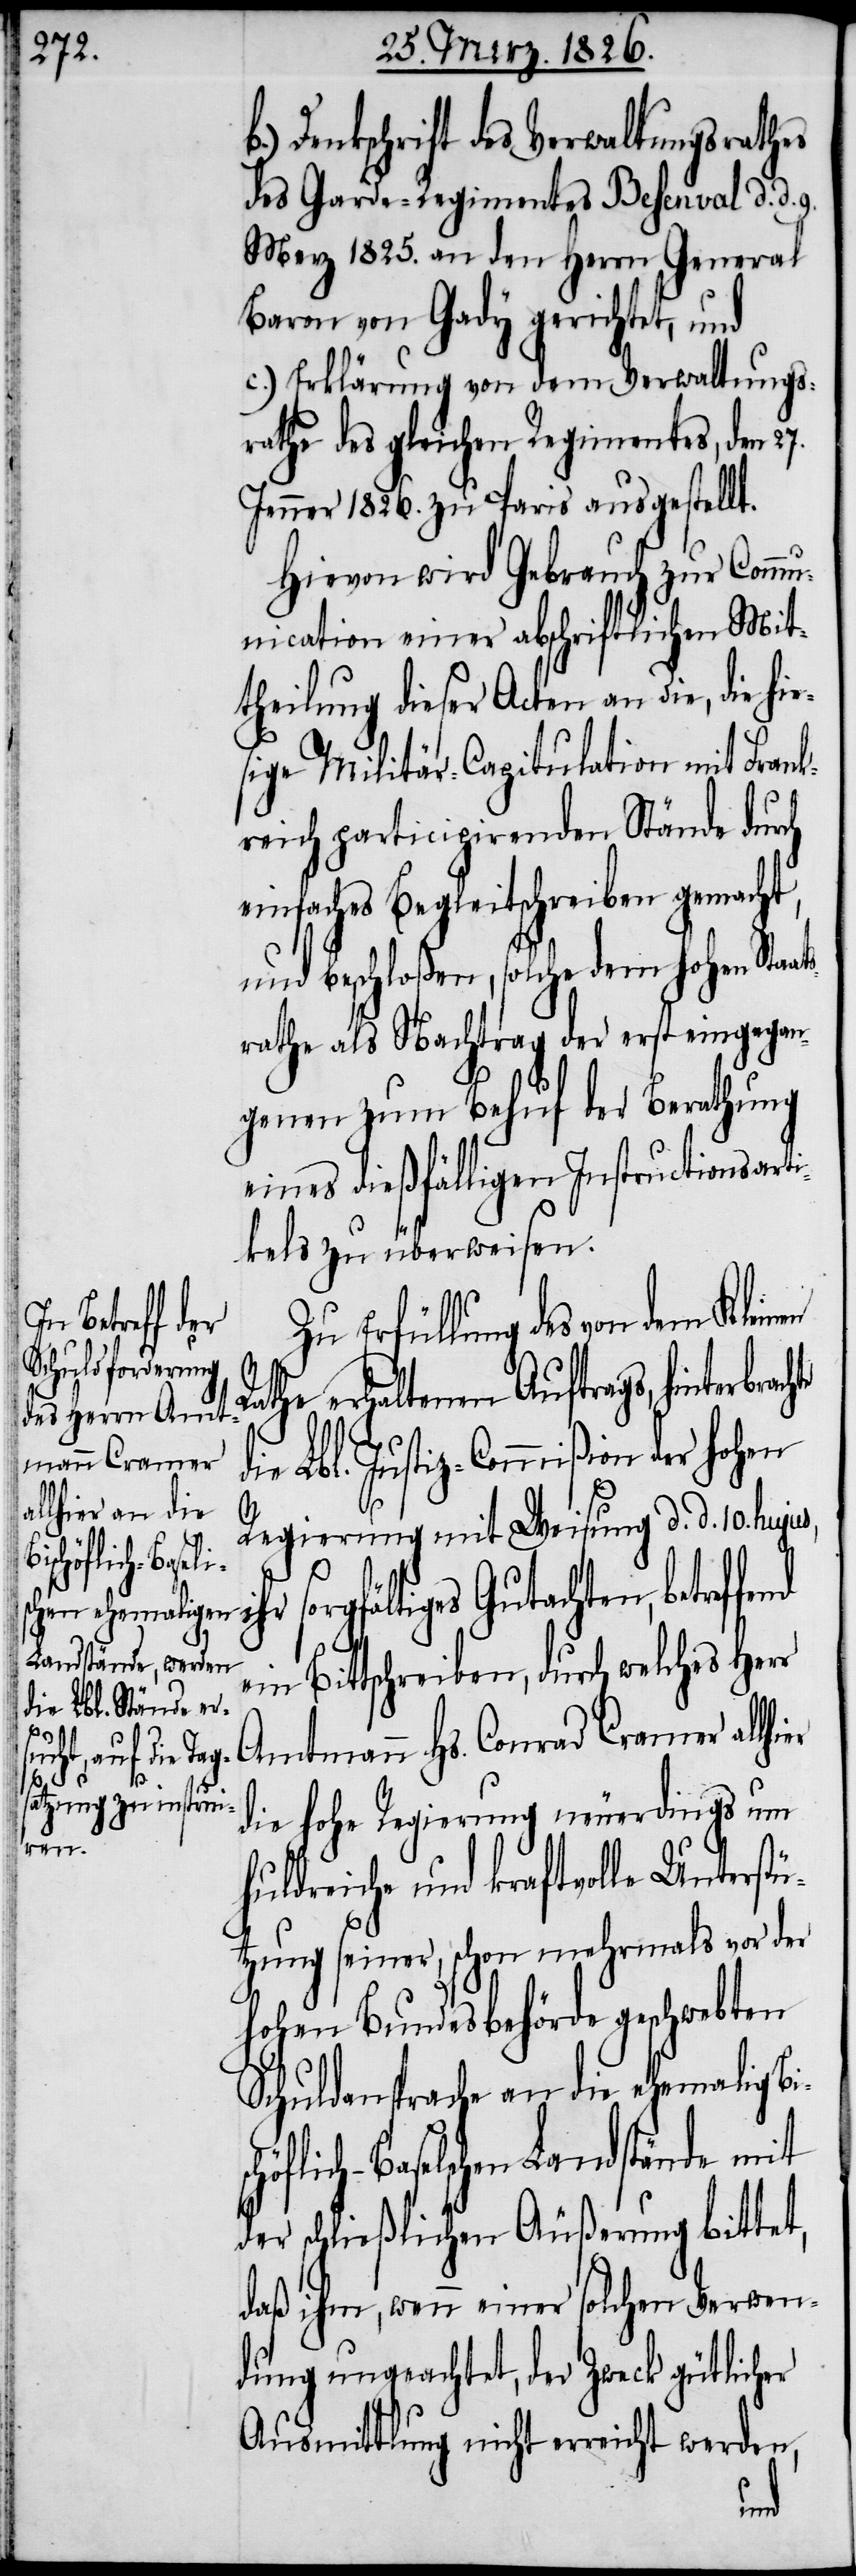
Denkschrift des Verwaltungsrathes
des Garde-Regiments Besenval d. d. 9.
Merz 1825. an den Herrn General
Baron von Gady gerichtet, und
c.) Erklärung von dem Verwaltungs¬
rathe des gleichen Regiments, den 27.
Jenner 1826. zu Paris ausgestellt.
Hievon wird Gebrauch zur Commu¬
nication einer abschriftlichen Mit¬
theilung dieser Acten an die, die hie¬
sige Militär-Capitulation mit Frank¬
reich participirenden Stände durch
einfaches Begleitschreiben gemacht,
und beschloßen, solche dem hohen Staat¬
srathe als Nachtrag der erst eingegan¬
genen zum Behuf der Berathung
eines dießfälligen Instructionsarti¬
kels zu überweisen.
Zu Erfüllung des von dem Kleinen
Rath erhaltenen Auftrags, hinterbra¬
l. Justiz-Commißion der hohen
Regierung mit Weisung d. d. 10. huj¬
rgfältiges Gutachten, betref¬
ein Bittschreiben, durch welches Herr
Bisc¬
Amtmann Hs. Conrad Cramer allhier
chte die Lb¬
die hohe Regierung neuerdings um
fend
huldreiche und kraftvolle Unterst¬
ützung seiner, schon mehrmals vor der
hohen Bundesbehörde geschwebten
Schuldansprache an die ehemalige
höflich-Baselschen Landstände mit
der schließlichen Äußerung bittet,
daß ihm, wenn einer solchen Verwen¬
dung ungeachtet, der Zweck gütlicher
Ausmittlung nicht erreicht werden,
us,